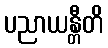
ပညာယန္တီတိ